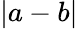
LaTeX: |a-b|